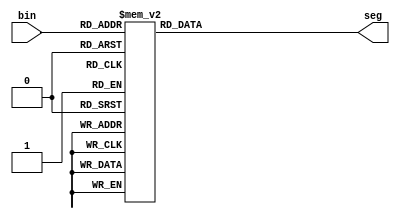
// Copyright 2007 Altera Corporation. All rights reserved.  
// Altera products are protected under numerous U.S. and foreign patents, 
// maskwork rights, copyrights and other intellectual property laws.  
//
// This reference design file, and your use thereof, is subject to and governed
// by the terms and conditions of the applicable Altera Reference Design 
// License Agreement (either as signed by you or found at www.altera.com).  By
// using this reference design file, you indicate your acceptance of such terms
// and conditions between you and Altera Corporation.  In the event that you do
// not agree with such terms and conditions, you may not use the reference 
// design file and please promptly destroy any copies you have made.
//
// This reference design file is being provided on an "as-is" basis and as an 
// accommodation and therefore all warranties, representations or guarantees of 
// any kind (whether express, implied or statutory) including, without 
// limitation, warranties of merchantability, non-infringement, or fitness for
// a particular purpose, are specifically disclaimed.  By making this reference
// design file available, Altera expressly does not recommend, suggest or 
// require that this reference design file be used in combination with any 
// other product not provided by Altera.
/////////////////////////////////////////////////////////////////////////////

module bin_to_7seg	(bin,seg);
input	[3:0]	bin;
output	[6:0]	seg;
reg		[6:0]	seg;

always @(bin) begin
	
	case(bin)
		4'h0: seg = 7'b1000000;		//  output = 0 indicates a lit segment
		4'h1: seg = 7'b1111001;		// ---0---
		4'h2: seg = 7'b0100100; 	// |	 |
		4'h3: seg = 7'b0110000; 	// 5	 1
		4'h4: seg = 7'b0011001; 	// |	 |
		4'h5: seg = 7'b0010010; 	// ---6---
		4'h6: seg = 7'b0000010; 	// |	 |
		4'h7: seg = 7'b1111000; 	// 4	 2
		4'h8: seg = 7'b0000000; 	// |	 |
		4'h9: seg = 7'b0011000; 	// ---3---
		4'ha: seg = 7'b0001000;
		4'hb: seg = 7'b0000011;
		4'hc: seg = 7'b1000110;
		4'hd: seg = 7'b0100001;
		4'he: seg = 7'b0000110;
		4'hf: seg = 7'b0001110;
		default : seg = 7'b1111111;
	endcase
end

endmodule